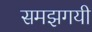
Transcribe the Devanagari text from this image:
समझगयी